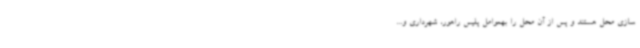
سازی محل هستند و پس از آن محل را بهعوامل پلیس راهور، شهرداری و...